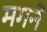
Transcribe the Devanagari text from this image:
मगने